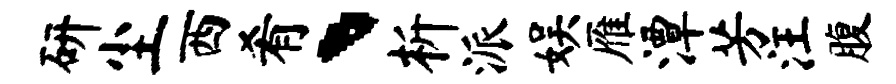
研尘西肴、析派娱雁潭芳汪腹